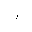
Letter: _hamza